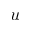
u